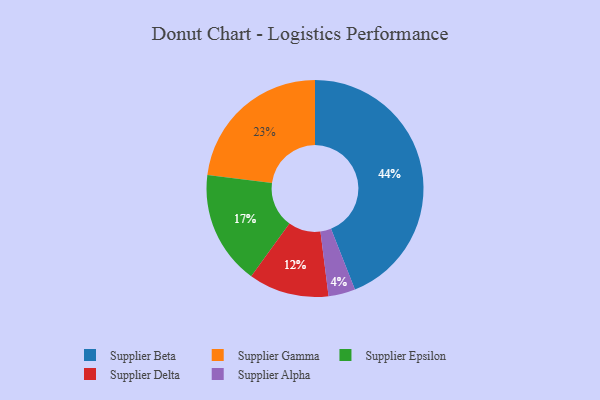
{"axis": {"x": "Category", "y": "Percentage"}, "legend": ["Supplier Alpha", "Supplier Beta", "Supplier Delta", "Supplier Epsilon", "Supplier Gamma"], "data": [{"x": "Supplier Delta", "y": 12, "type": "Supplier Delta"}, {"x": "Supplier Beta", "y": 44, "type": "Supplier Beta"}, {"x": "Supplier Alpha", "y": 4, "type": "Supplier Alpha"}, {"x": "Supplier Gamma", "y": 23, "type": "Supplier Gamma"}, {"x": "Supplier Epsilon", "y": 17, "type": "Supplier Epsilon"}]}